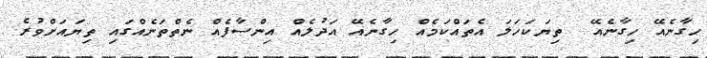
ހިގާނެއޭ ހިގާނެއޭ  ތިޔަކަހަލަ އެތައްކަމެއް ހިގާނެއޭ އަދުލެއް އިންސާފެއް ނެތްތަނެއްގައި ތިޔައަށްވުރެ